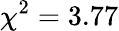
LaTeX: \chi^{2}=3.77